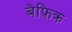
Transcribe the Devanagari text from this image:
बेफ़िक्र